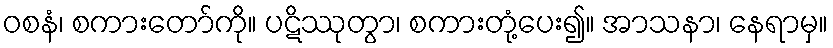
ဝစနံ၊ စကားတော်ကို။ ပဋိဿုတွာ၊ စကားတုံ့ပေး၍။ အာသနာ၊ နေရာမှ။